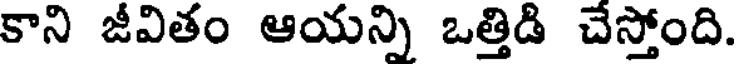
కాని జీవితం ఆయన్ని ఒత్తిడి చేస్తోంది.